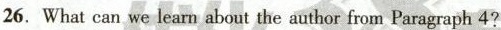
26. What can we learn about the author from Paragraph 4?